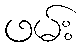
ဖမ်း